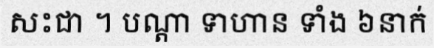
សះជា ។ បណ្តា ទាហាន ទាំង ៦នាក់